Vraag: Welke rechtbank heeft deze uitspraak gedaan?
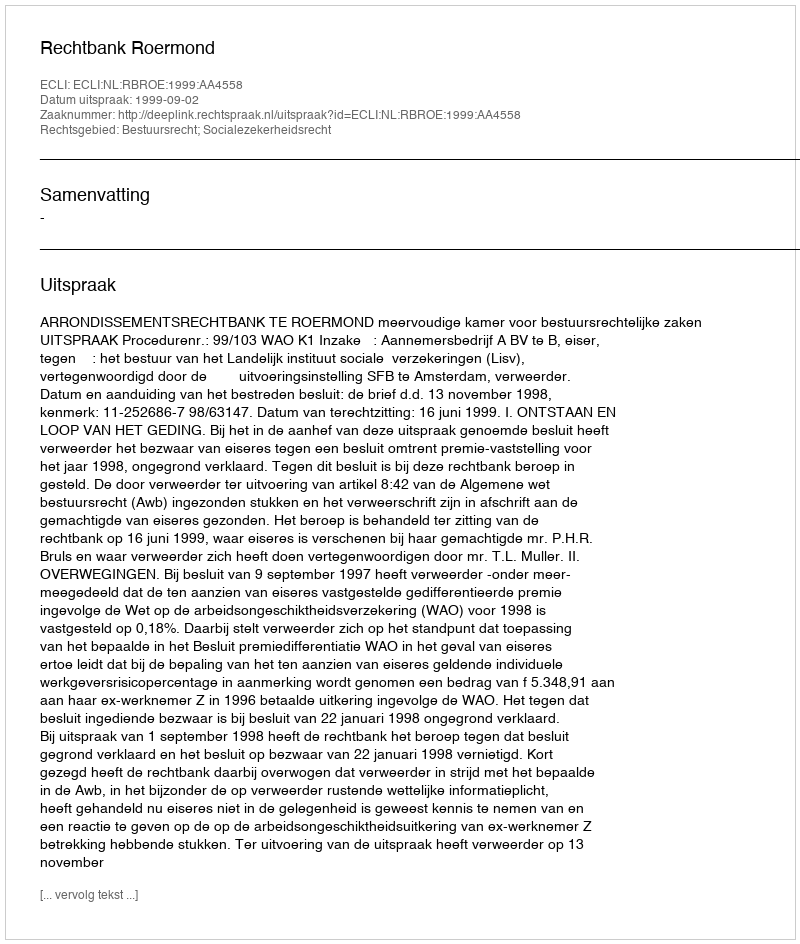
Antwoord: Rechtbank Roermond